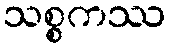
သစ္စကဿ